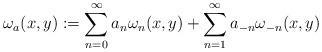
LaTeX: \begin{align*}\omega_a(x,y):=\sum_{n=0}^\infty a_n\omega_n(x,y)+\sum_{n=1}^\infty a_{-n}\omega_{-n}(x,y)\end{align*}